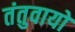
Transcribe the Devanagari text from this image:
तंतुवायो